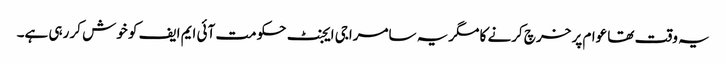
یہ وقت تھا عوام پر خرچ کرنے کا مگریہ سامراجی ایجنٹ حکومت آئی ایم ایف کو خوش کر رہی ہے۔